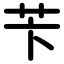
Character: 苄